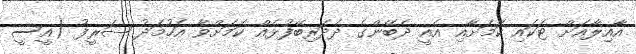
އާއިލާއަށް ޓަކައި ކަމަށާއި އެއީ ދެބޭންގެ ދެދަރިބޭފުޅެއް ކަމަށްވާ އަހުމަދު ޝަރީފު (އީސީ